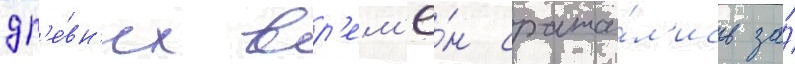
др'е́вн'их вр'ем'ё́н сража́л'ись за́